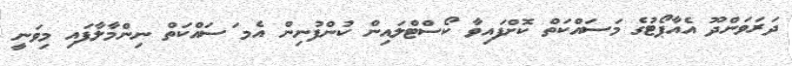
ދަރަވަންދޫ އެއާޕޯޓުގެ މަސައްކަތް ކޮށްފައިވާ ކޯސްޓްލައިން ކުންފުނިން އެމ ަސައްކަތް ނިންމާލާފައި މިވަނީ